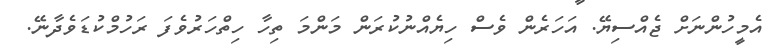
އެމީހުންނަށް ޖެއްސިޔޭ. އަހަރެން ވެސް ހިޔެއްނުކުރަން މަންމަ ތިހާ ހިތްހަރުވެފަ ރަހުމްކުޑަވެދާނޭ.